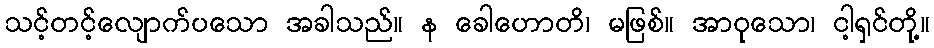
သင့်တင့်လျောက်ပသော အခါသည်။ န ခေါဟောတိ၊ မဖြစ်။ အာဝုသော၊ ငါ့ရှင်တို့။